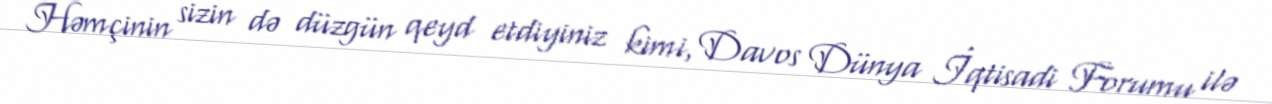
Həmçinin sizin də düzgün qeyd etdiyiniz kimi, Davos Dünya İqtisadi Forumu ilə